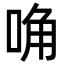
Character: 唃